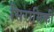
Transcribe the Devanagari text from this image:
सिरामिकी